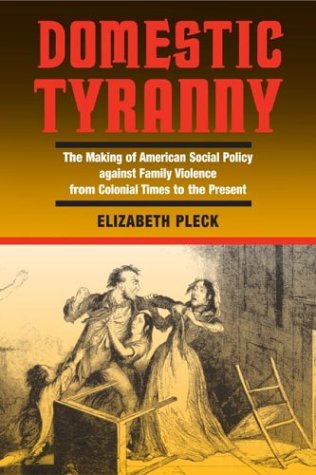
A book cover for Domestic Tyranny: The Making of American Social Policy against Family Violence from Colonial Times to the Present; Elizabeth Pleck; Law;